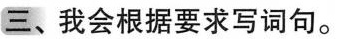
三、我会根据要求写词句。